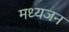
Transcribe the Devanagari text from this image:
मध्यजन